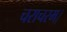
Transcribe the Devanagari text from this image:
चराचरम।